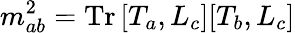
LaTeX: m_{ab}^{2}=\mathrm{Tr}\, [T_{a},L_{c}][T_{b},L_{c}]